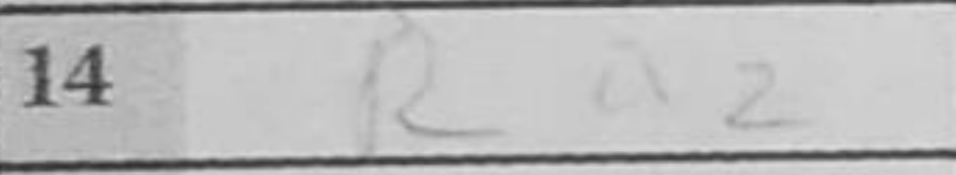
Transcription: Ra2